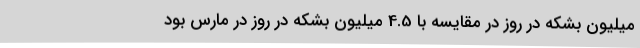
میلیون بشکه در روز در مقایسه با 4.5 میلیون بشکه در روز در مارس بود